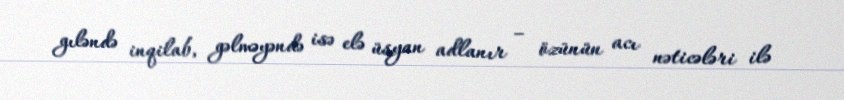
gıləndə inqilab, gəlməyəndə isə elə üsyan adlanır – özünün acı nəticələri ilə